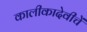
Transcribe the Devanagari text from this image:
कालीकादेवीचें